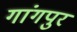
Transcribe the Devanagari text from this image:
गांगपुर